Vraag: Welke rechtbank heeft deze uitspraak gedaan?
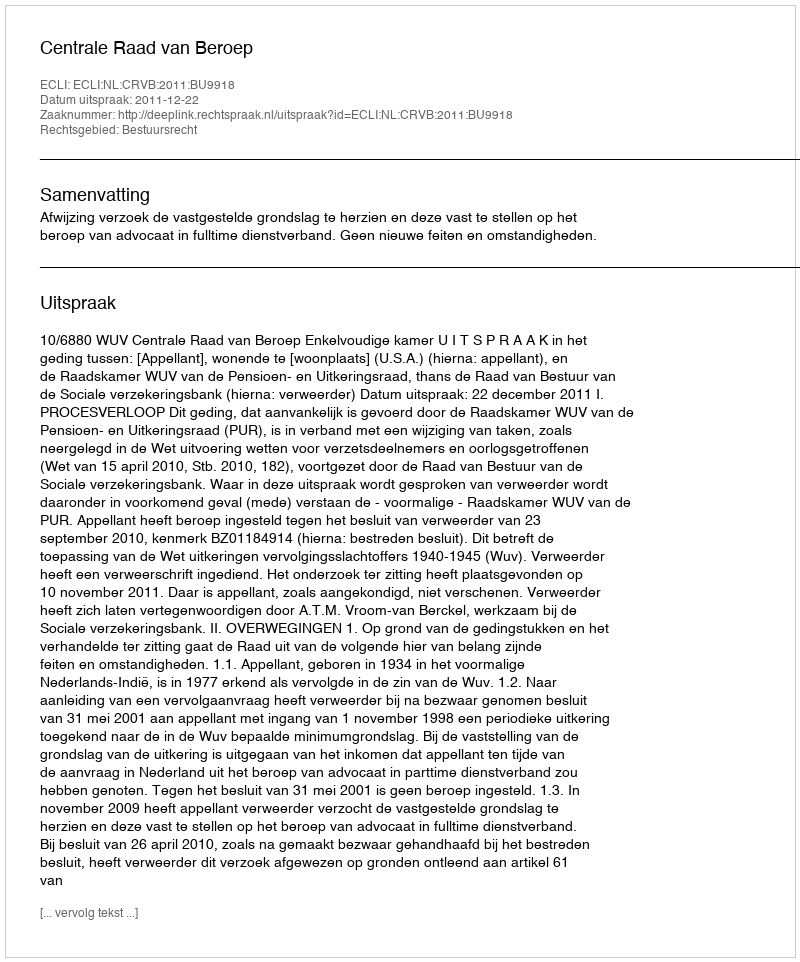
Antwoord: Centrale Raad van Beroep